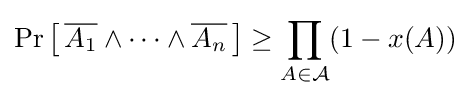
\Pr \left[\,{\overline {A_{1}}}\wedge \cdots \wedge {\overline {A_{n}}}\,\right]\geq \prod _{A\in {\mathcal {A}}}(1-x(A))